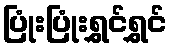
ပြုံးပြုံးရွှင်ရွှင်